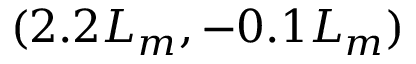
( 2 . 2 L _ { m } , - 0 . 1 L _ { m } )